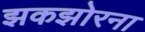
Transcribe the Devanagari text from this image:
झकझोरना